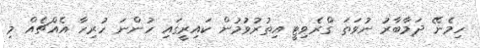
ހިމެނޭ ދަމާބާރު ނުވަތަ ގްރެވިޓީ އިތުރުވުމުން ކައިރީގައި ހުންނަ ހުރިހާ އެއްޗެއް މި